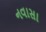
નવાસા